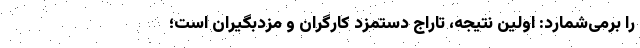
را برمی‌شمارد: اولین نتیجه، تاراج دستمزد کارگران و مزدبگیران است؛